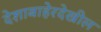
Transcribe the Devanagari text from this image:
देशाबाहेरदेखील